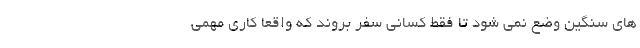
های سنگین وضع نمی شود تا فقط کسانی سفر بروند که واقعاً کاری مهمی